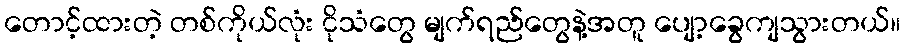
တောင့်ထားတဲ့ တစ်ကိုယ်လုံး ငိုသံတွေ မျက်ရည်တွေနဲ့အတူ ပျော့ခွေကျသွားတယ်။